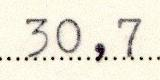
30,7